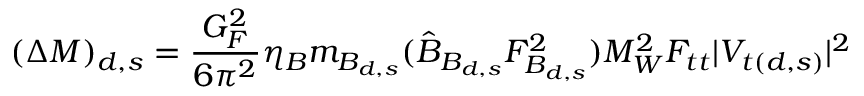
( \Delta M ) _ { d , s } = \frac { G _ { F } ^ { 2 } } { 6 \pi ^ { 2 } } \eta _ { B } m _ { B _ { d , s } } ( \hat { B } _ { B _ { d , s } } F _ { B _ { d , s } } ^ { 2 } ) M _ { W } ^ { 2 } F _ { t t } | V _ { t ( d , s ) } | ^ { 2 }